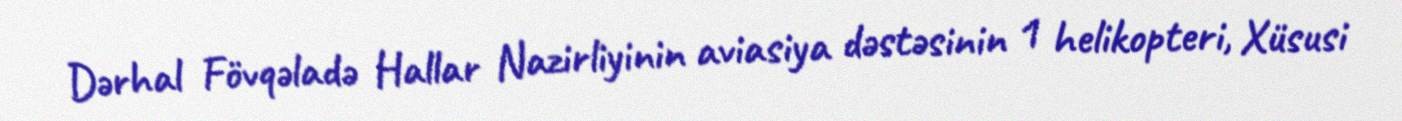
Dərhal Fövqəladə Hallar Nazirliyinin aviasiya dəstəsinin 1 helikopteri, Xüsusi